Report on horse surra - Volume I
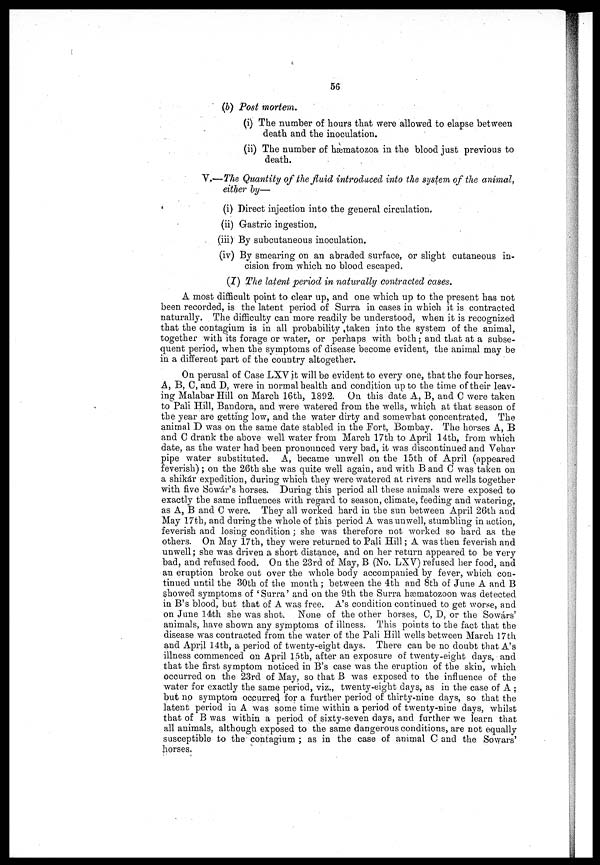
56
(b) Post mortem.
(i) The number of hours that were allowed to elapse between
death and the inoculation.
(ii) The number of hæmatozoa in the blood just previous to
death.
V.—The Quantity of the fluid introduced into the system of the animal,
either by—
(i) Direct injection into the general circulation,
(ii) Gastric ingestion,
(iii) By subcutaneous inoculation„
(iv) By smearing on an abraded surface, or slight cutaneous in-
cision from which no blood escaped.
(J) The latent period in naturally contracted cases.
A most difficult point to clear up, and one which up to the present has not
been recorded, is the latent period of Surra in cases in which it is contracted
naturally. The difficulty can more readily be understood, when it is recognized
that the contagium is in all probability taken into the system of the animal,
together with its forage or water, or perhaps with both ; and that at a subse-
quent period, when the symptoms of disease become evident, the animal may be
in a different part of the country altogether.
On perusal of Case LXV it will be evident to every one, that the four horses,
A, B, C, and D, were in normal health and condition up to the time of their leav-
ing Malabar Hill on March 16th, 1892. On this date A, B, and C were taken
to Pali Hill, Bandora, and were watered from the wells, which at that season of
the year are getting low, and the water dirty and somewhat concentrated, The
animal D was on the same date stabled in the Fort, Bombay. The horses A, B
and C drank the above well water from March 17th to April 14th, from which
date, as the water had been pronounced very bad, it was discontinued and Vehar
pipe water substituted. A, became unwell on the 15th of April (appeared
feverish); on the 26th she was quite well again, and with B and C was taken on
a shikar expedition, during which they were watered at rivers and wells together
with five Sowar's horses. During this period all these animals were exposed to
exactly the same influences with regard to season, climate, feeding and watering,
as A, B and C were. They all worked hard in the sun between April 26th and
May 17th, and during the whole of this period A was unwell, stumbling in action,
feverish and losing condition ; she was therefore not worked so hard as the
others. On May 17th, they were returned to Pali Hill ; A was then feverish and
unwell ; she was driven a short distance, and on her return appeared to be very
bad, and refused food. On the 23rd of May, B (No. LXV) refused her food, and
an eruption broke out over the whole body accompanied by fever, which con-
tinued until the 30th of the month ; between the 4th and 8th of June A and B
showed symptoms of 'Surra' and on the 9th the Surra hæmatozoon was detected
in B's blood, but that of A was free. A's condition continued to get worse, and
on June 14th she was shot. None of the other horses, C, D, or the Sowars'
animals, have shown any symptoms of illness. This points to the fact that the
disease was contracted from the water of the Pali Hill wells between March 17th
and April 14th, a period of twenty-eight days. There can be no doubt that A's
illness commenced on April 15th, after an exposure of twenty-eight days, and
that the first symptom noticed in B's case was the eruption of the skin, which
occurred on the 23rd of May, so that B was exposed to the influence of the
water for exactly the same period, viz., twenty-eight days, as in the case of A ;
but no symptom occurred for a further period of thirty-nine days, so that the
latent period in A was some time within a period of twenty-nine days, whilst
that of B was within a period of sixty-seven days, and further we learn that
all animals, although exposed to the same dangerous conditions, are not equally
susceptible to the contagium ; as in the case of animal C and the Sowars'
horses.